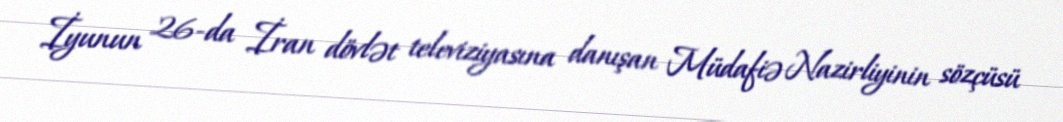
İyunun 26-da İran dövlət televiziyasına danışan Müdafiə Nazirliyinin sözçüsü